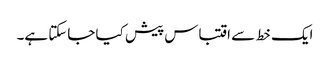
ایک خط سے اقتباس پیش کیا جاسکتا ہے۔